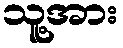
သူ့အား